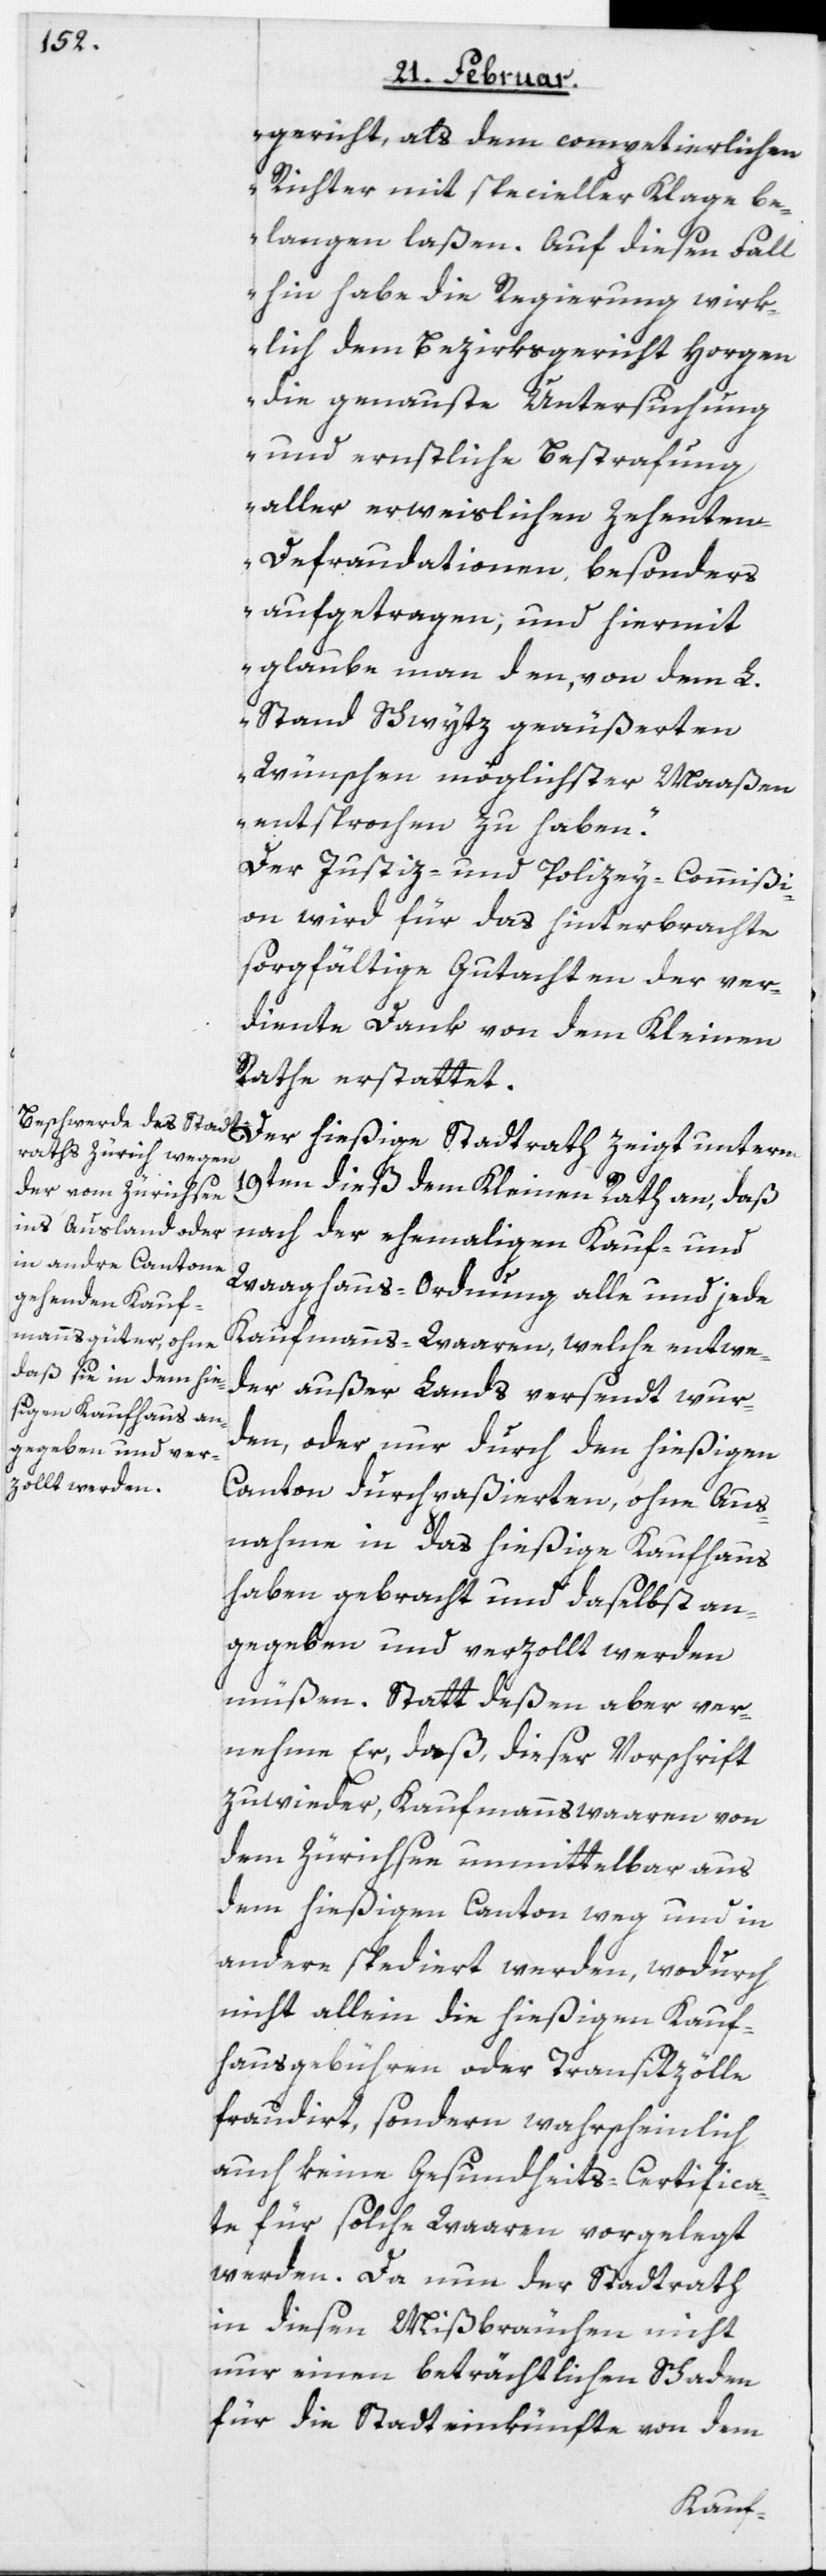
gericht, als dem competierlichen
Richter mit specieller Klage be¬
langen laßen. Auf diesen Fall
hin habe die Regierung wirk¬
lich dem Bezirksgericht Horgen
die genauste Untersuchung
und ernstliche Bestrafung
aller erweislichen Zehente¬
n-Defraudationen, besonders
aufgetragen, und hiermit
glaube man den, von dem L.
Stand Schwytz geäußerten
Wünschen möglichster Maaßen
entsprochen zu haben.“
Der Justiz- und Polizey-Commißi¬
on wird für das hinterbrachte
sorgfältige Gutachten der ver¬
diente Dank von dem Kleinen
Rathe erstattet.
19ten dieß dem Kleinen Rath an, daß
nach der ehemaligen Kauf- und
Waaghaus-Ordnung alle und jede
Kaufmanns-Waaren, welche entwe¬
der außer Lands versendt wur¬
den, oder nur durch den hießigen
Canton durchpaßierten, ohne Aus¬
nahme in das hießige Kaufhaus
haben gebracht und daselbst an¬
gegeben und verzollt werden
müßen. Statt deßen aber ver¬
nehme Er, daß, dieser Vorschrift
zuwieder, Kaufmannswaaren von
dem Zürichsee unmittelbar aus
dem hießigen Canton weg und in
andere spediert werden, wodurch
nicht allein die hießigen Kauf¬
hausgebühren oder Transitzölle
fraudirt, sondern wahrscheinlich
auch keine Gesundheits-Certifica¬
te für solche Waaren vorgelegt
werden. Da nun der Stadtrath
in diesen Mißbräuchen nicht
nur einen beträchtlichen Schaden
für die Stadteinkünfte von dem